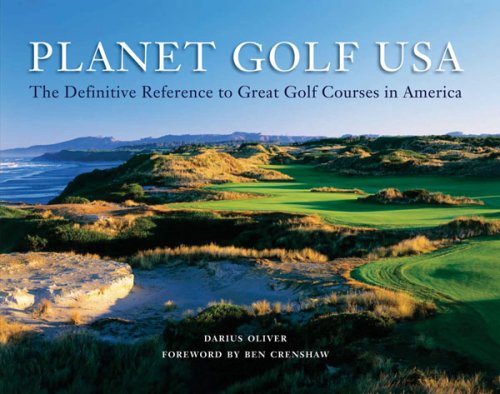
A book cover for Planet Golf USA: The Definitive Reference to Great Golf Courses in America; Darius Oliver; Sports & Outdoors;